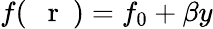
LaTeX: f(\mathrm{~{~\mathbf~r~}~})=f_{0}+\beta y